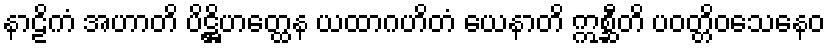
နာဠိကံ အဟာတိ ပိဋ္ဌိဟတ္ထေန ယထာဂဟိတံ ယေနာတိ ဣစ္ဆီတိ ပဝတ္တိဝသေနေဝ